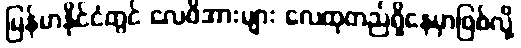
မြန်မာနိုင်ငံတွင် လေဖိအားများ လေထုတည်ရှိနေမှာဖြစ်လို့